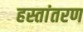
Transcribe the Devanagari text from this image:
हस्‍तांतरण